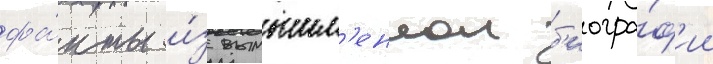
фа́кты и́з вымышл'еннои б'иогра́ф'ии